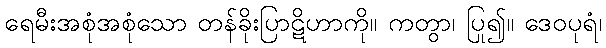
ရေမီးအစုံအစုံသော တန်ခိုးပြာဋိဟာကို။ ကတွာ၊ ပြု၍။ ဒေဝပုရံ၊